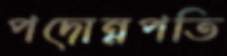
পদোন্নপতি